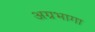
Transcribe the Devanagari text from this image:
अग्रभागा